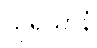
သုရိယာနံ